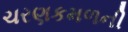
ચરણકમળની